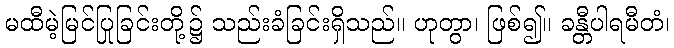
မထီမဲ့မြင်ပြုခြင်းတို့၌ သည်းခံခြင်းရှိသည်။ ဟုတွာ၊ ဖြစ်၍။ ခန္တီပါရမီတံ၊